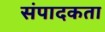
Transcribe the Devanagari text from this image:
संपादकता